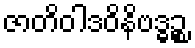
ဇာတိဝါဒဝိနိဗဒ္ဓဉ္စ